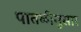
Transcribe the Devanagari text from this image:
पातळीनुसार